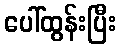
ပေါ်ထွန်းပြီး